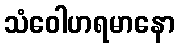
သံဝေါဟရမာနော